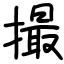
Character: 撮